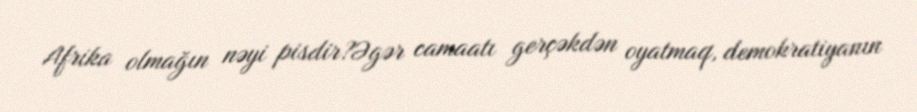
Afrika olmağın nəyi pisdir?Əgər camaatı gerçəkdən oyatmaq, demokratiyanın